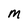
Character: M